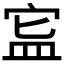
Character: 𥁗